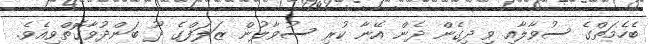
ބެހެމަތްގެ ސުވާލާއި ވިދިގެން ދެން އޭނާ ކުރި ސުވާލުން ޒަލަފްގެ ދޫ ބަންދުވާގޮތްވިއެވެ.